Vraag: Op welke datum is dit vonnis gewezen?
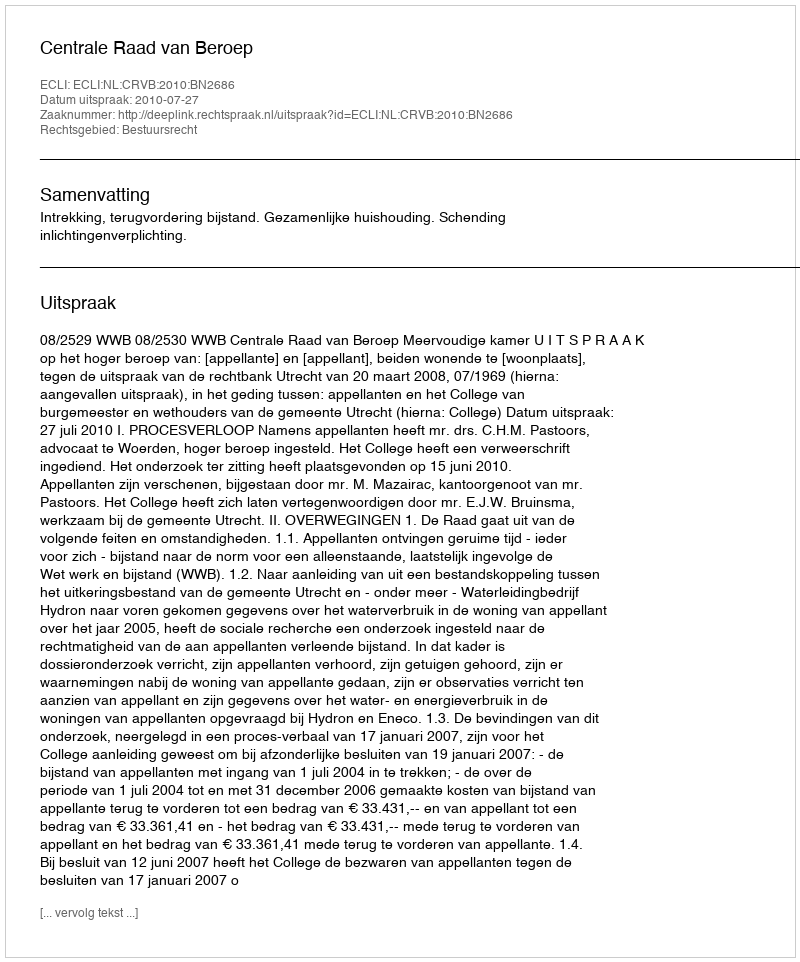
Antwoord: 2010-07-27